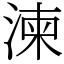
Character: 湅